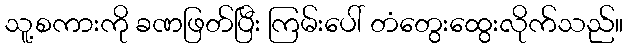
သူ့စကားကို ခဏဖြတ်ပြီး ကြမ်းပေါ် တံတွေးထွေးလိုက်သည်။